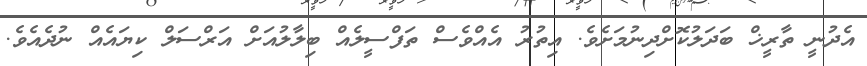
އެދުނީ ތާރީޚް ބަދަލުކޮށްދިނުމަށެވެ. އިތުރު އެއްވެސް ތަފްސީލެއް ބިލާލުއަށް އަރްސަލް ކިޔައެއް ނުދެއެވެ.